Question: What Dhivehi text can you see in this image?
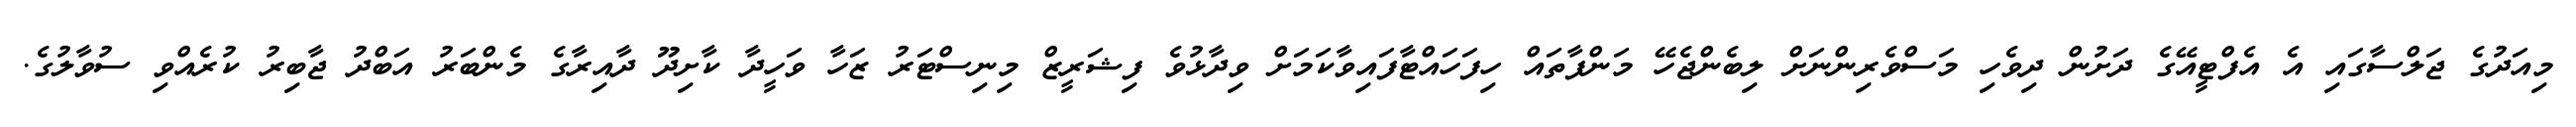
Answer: މިއަދުގެ ޖަލްސާގައި އެ އެފްޓީއޭގެ ދަށުން ދިވެހި މަސްވެރިންނަށް ލިބެންޖެހޭ މަންފާތައް ހިފަހައްޓާފައިވާކަމަށް ވިދާޅުވެ ފިޝަރީޒް މިނިސްޓަރު ޒަހާ ވަހީދާ ކާށިދޫ ދާއިރާގެ މެންބަރު އަބްދު ޖާބިރު ކުރެއްވި ސުވާލުގެ.